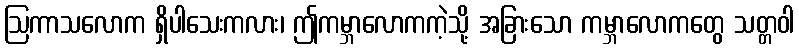
ဩကာသလောက ရှိပါသေးကလား၊ ဤကမ္ဘာလောကကဲ့သို့ အခြားသော ကမ္ဘာလောကတွေ သတ္တဝါ